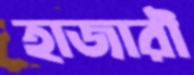
হাজারী